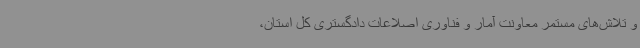
و تلاش‌های مستمر معاونت آمار و فناوری اصلاعات دادگستری کل استان،